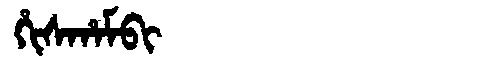
Manchu: ᡥᡳᠰᡥᠠᠮᠪᡳ
Romanization: HISHAMBI